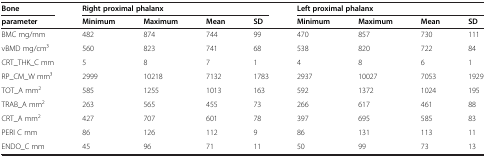
| Bone | <COLSPAN=4> Right proximal phalanx | <COLSPAN=4> Left proximal phalanx |
 | parameter | Minimum | Maximum | Mean | SD | Minimum | Maximum | Mean | SD |
 | --- | --- | --- | --- | --- | --- | --- | --- | --- |
 | BMC mg/mm | 482 | 874 | 744 | 99 | 470 | 857 | 730 | 111 |
 | vBMD mg/cm3 | 560 | 823 | 741 | 68 | 538 | 820 | 722 | 84 |
 | CRT_THK_C mm | 5 | 8 | 7 | 1 | 4 | 8 | 6 | 1 |
 | RP_CM_W mm3 | 2999 | 10218 | 7132 | 1783 | 2937 | 10027 | 7053 | 1929 |
 | TOT_A mm2 | 585 | 1255 | 1013 | 163 | 592 | 1372 | 1024 | 195 |
 | TRAB_A mm2 | 263 | 565 | 455 | 73 | 266 | 617 | 461 | 88 |
 | CRT_A mm2 | 427 | 707 | 601 | 78 | 397 | 695 | 585 | 83 |
 | PERI C mm | 86 | 126 | 112 | 9 | 86 | 131 | 113 | 11 |
 | ENDO_C mm | 45 | 96 | 71 | 11 | 50 | 99 | 73 | 13 |